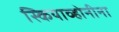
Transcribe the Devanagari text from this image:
स्कियाव्होनीना